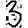
Digit: 3